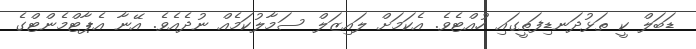
ޑަބަލް ކީ ތަޅުދަނޑިފަތީގައި ހުއްޓެވެ. އެކަމަށް ލައިޒަލް ސަމާލުކަމެއް ނުދެއެވެ. އޭނާ އެޕާޓްމެންޓްގެ